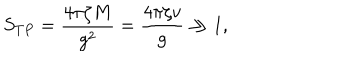
S _ { T P } = \frac { 4 \pi \zeta M } { g ^ { 2 } } = \frac { 4 \pi \zeta v } { g } \gg 1 ,